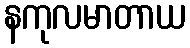
နကုလမာတာယ